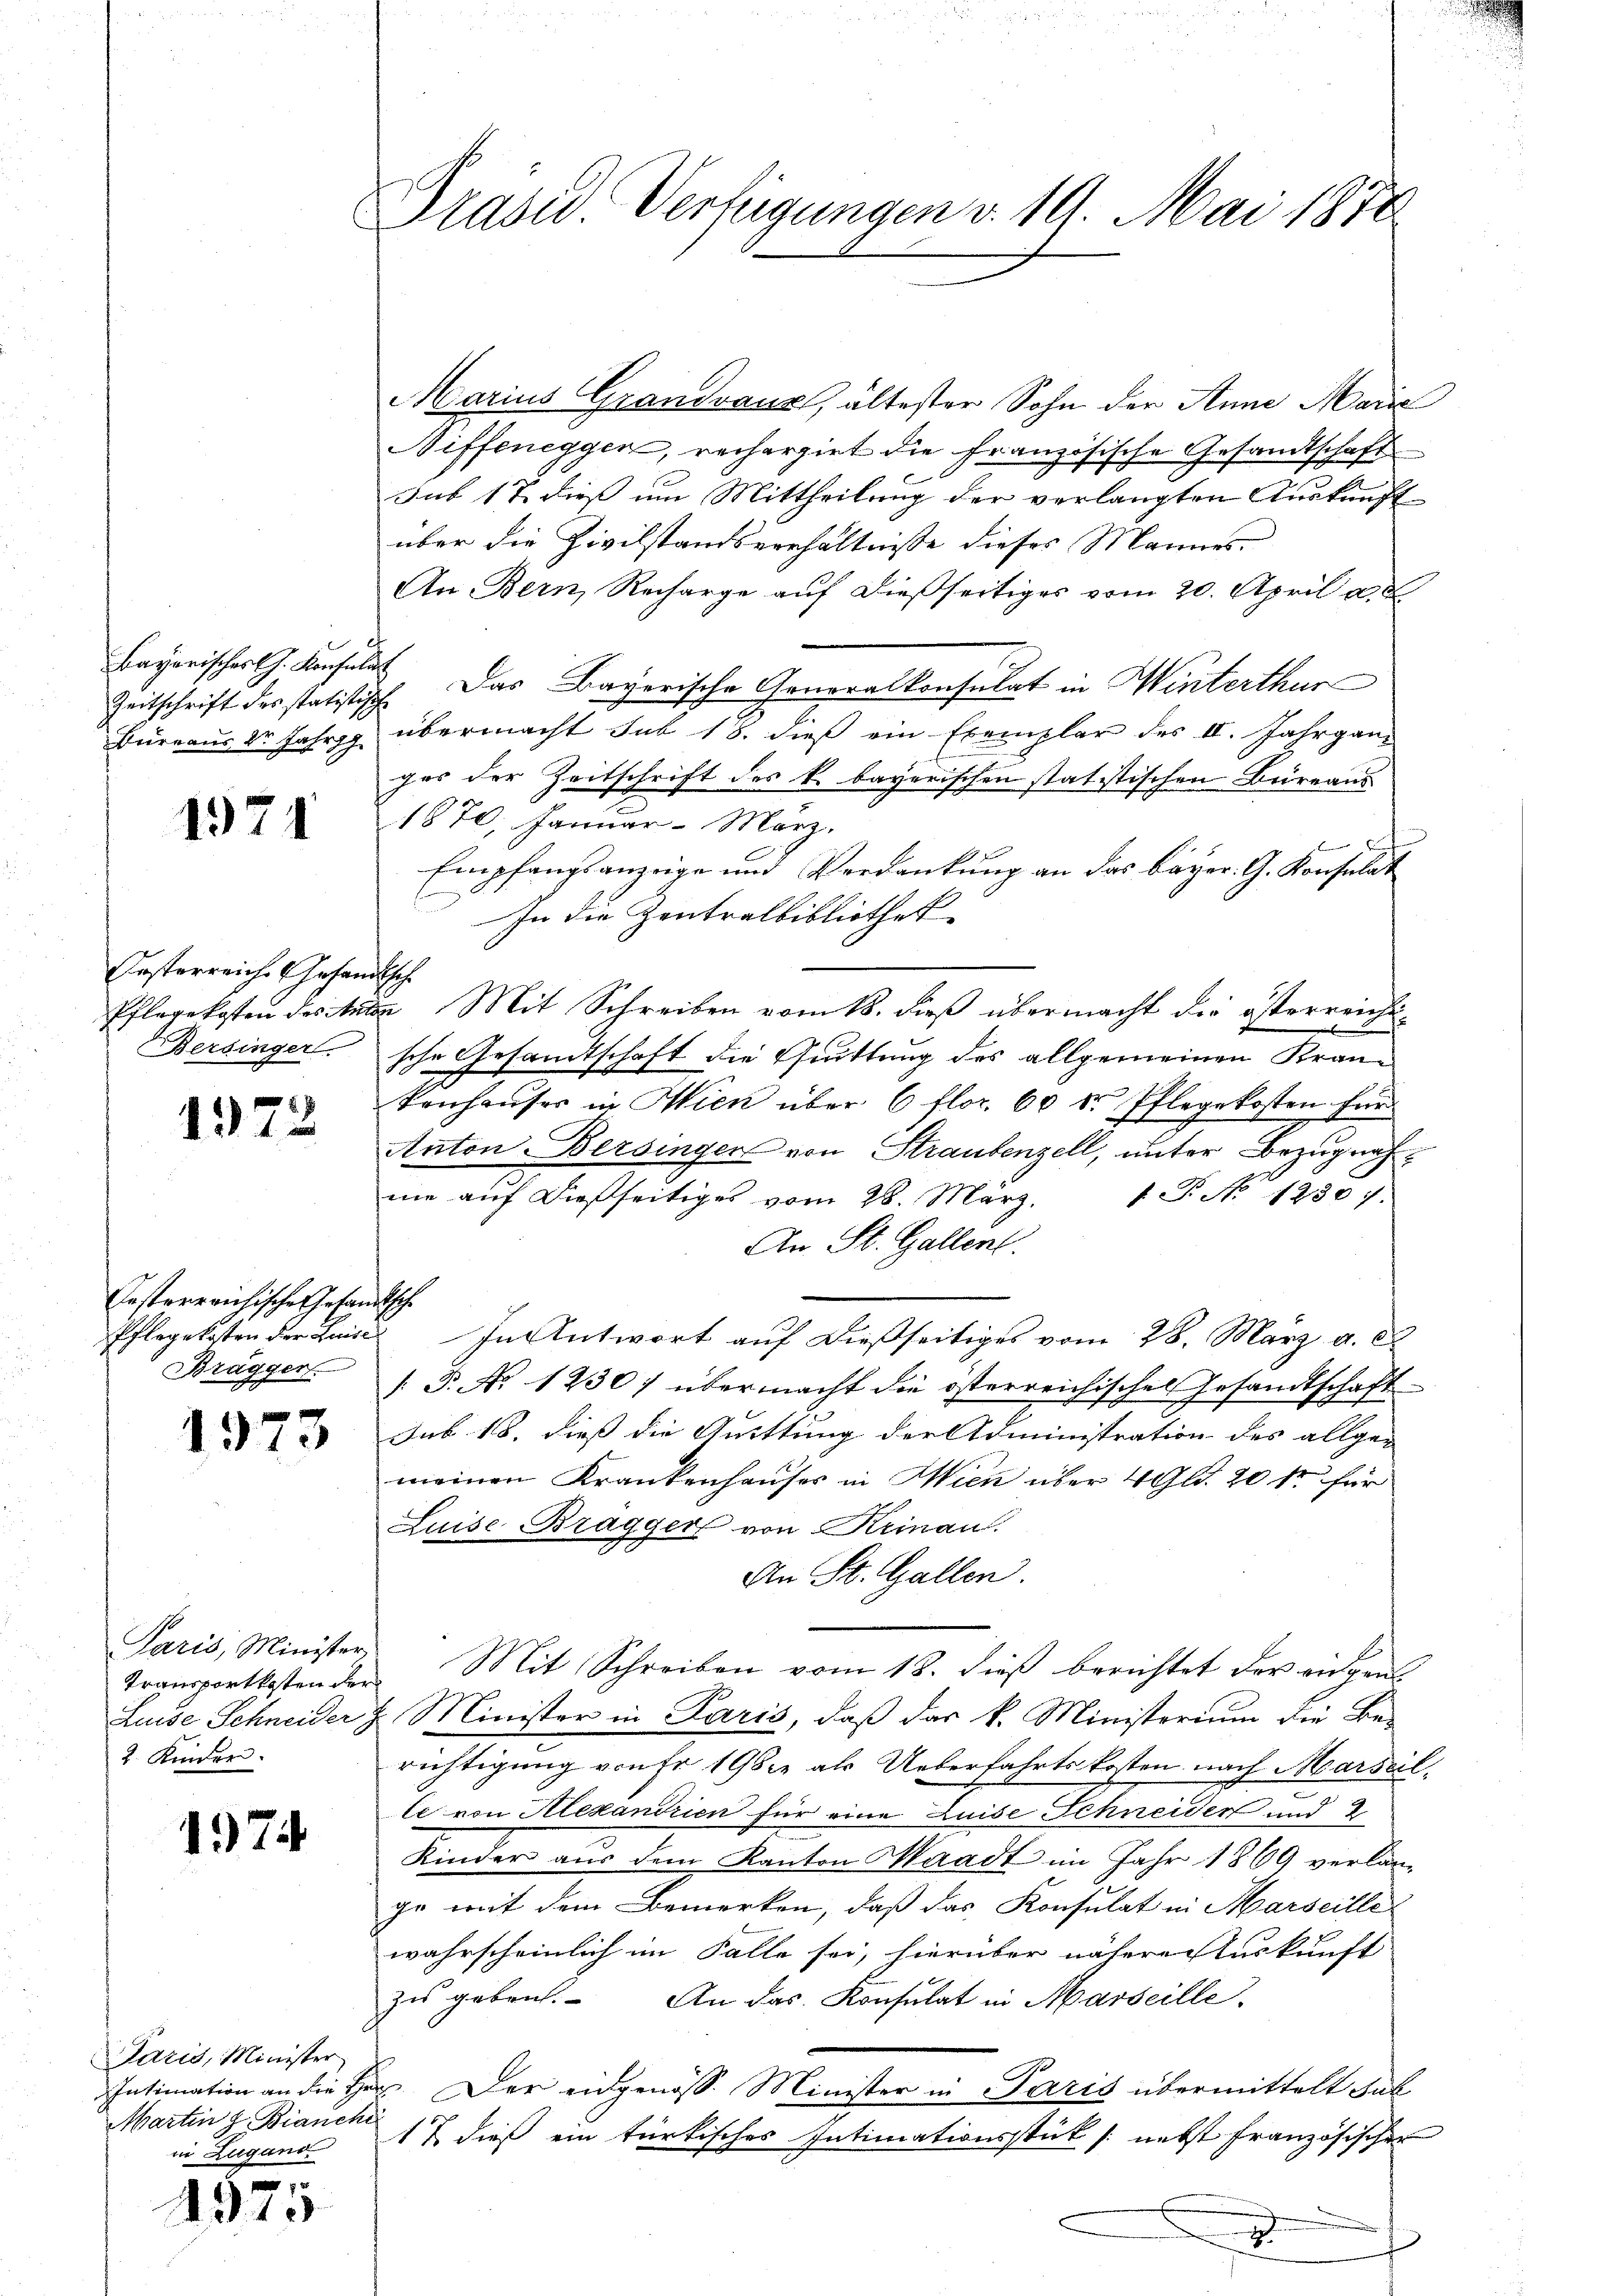
Zeitschrift des statistische

1971

Oesterreiche Gesandtsche
Bersinger.

87
131

Eesterreichische Gesandtsche
Brägger

1973

Paris, Minister
2. Kinder

1974

Paris, Minister
Martin z. Bianche
in Zugand

9 x
1310

Drasu Verfügungen v. 19. Mai 1878

Marius Grandvaux, ältester Sohn der Anna Marie
Diffeneggen, recherziet die Französische Gesandtschaft
Jus 17 dieß um Mittheilung der verlangten Auskunft
über die Civilstandsverhältnisse dieses Mannes,
An Bern, Recharge auf dießseitiges vom 20. April a. d
Bayerischel. Konsen. Das Bayerische Generalkonsulat in Winterthur
Bürraus Dr. Jahre übermacht sub 18. dieß ein Exemplar des II. Jahrganges der Zeitschrift des k. bayerischen statistischen Büreaus
1870, Januar - März.
f
Empfangsanzeige und Verdankung an das bayer. G. Konsulat
In die Zentralbibliothek
Pflegekosten des tute Mit Schreiben vom 18. dieß übermacht die österreichtsche Gesandtschaft die Quittung des allgemeinen Krankenhauses in Wien über 6 flor. 60 l. Pflegekosten für
Anton-Bersinger von Straubenzell, unter Bezugnah
nie aŭf dießseitiges vom 28. März. 1 P. No 12307.
An St. Gallent.
Pflegekosten der Zeit In Antwort auf dießseitiges vom 28. März a. c.
[P. No 1230) übermacht die österreichisches Gesandtschaft
sub 18. dieß die Suittung der Administration des allge- |
meinen Krankenhauses in Wien über 4 Gld. 20 fr für
Luise-Bragger von Keinau.
An St. Gallen.
Transportkosten der Mit Schreiben vom 18. dieß berichtet der eingen
Luise Schneider H. Minister in Paris, daß das k. Ministerium die Be-
richtigung von fr. 1982 als Ueberfahrtskosten nach Marseil
le von Alexandrien für eine Luise Schneiden und 2
Kinder aus dem Kanton Waadt im Jahr 1869 verlan-
ge mit dem Bemerken, daß das Konsulat in Marseille
wahrscheinlich im Falle sei, hierüber nähere Auskunft
zu geben. An das Konsulat in Marseille.
Intimation an die Herr Der eidgenöss. Minister in Paris übermittelt Sal
17 dieß ein türkisches Intimationsstück (nebst französischer
.